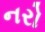
નરો